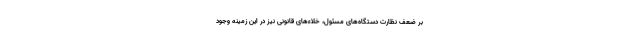
بر ضعف نظارت دستگاه‌های مسئول، خلاء‌های قانونی نیز در این زمینه وجود